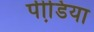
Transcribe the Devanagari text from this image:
पीडि़या